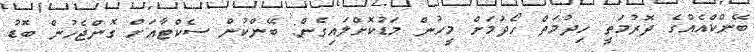
ބޭންކްއެއްގެ ދޮރުމަތީ ހިދުމަތް ހޯދުމަށް މީހުން މަޑުކޮށްލައިގެން: ބޭންކުން ސެކްޓާއަށް ގޮންޖެހުން ބޮޑު